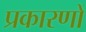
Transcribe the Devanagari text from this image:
प्रकारणों